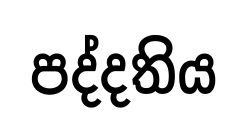
පද්දතිය